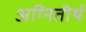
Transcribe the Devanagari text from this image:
अग्‍नितीर्थ